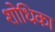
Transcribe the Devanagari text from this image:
शोधिका